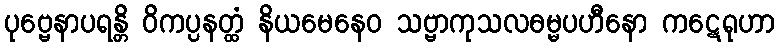
ပုဗ္ဗေနာပရန္တိ ဝိကပ္ပနတ္ထံ နိယမေနေဝ သဗ္ဗာကုသလဓမ္မပဟီနော ကဋေရုဟာ